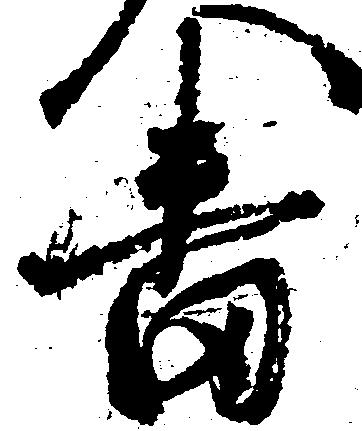
番